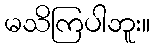
မသိကြပါဘူး။